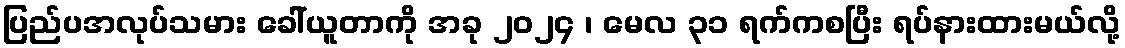
ပြည်ပအလုပ်သမား ခေါ်ယူတာကို အခု ၂၀၂၄ ၊ မေလ ၃၁ ရက်ကစပြီး ရပ်နားထားမယ်လို့